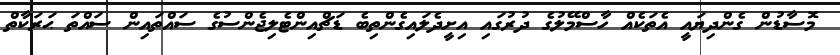
މޮސާޑުން ގެންދިޔައީ އެތަކެއް ހާސްމޭލުގެ ދުރުގައި އިށީދެލައިގެންތިބެ ޑަޗްއިންޓެލިޖެންސުގެ ސައްތައިން ސައްތަ ޙަރަކާތް